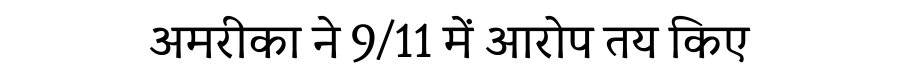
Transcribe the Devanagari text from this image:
अमरीका ने 9/11 में आरोप तय किए